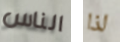
الناس لذا